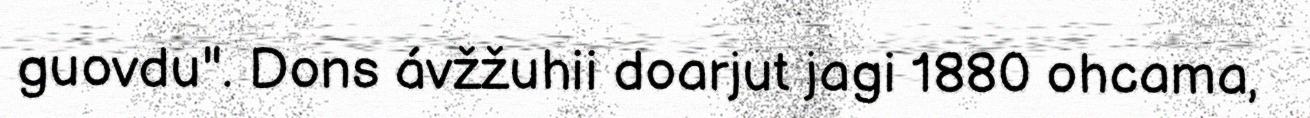
guovdu". Dons ávžžuhii doarjut jagi 1880 ohcama,